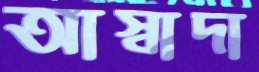
আস্বাদা